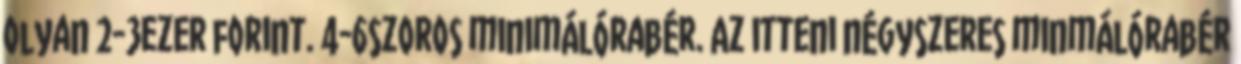
olyan 2-3ezer forint. 4-6szoros minimálórabér. Az itteni négyszeres minmálórabér